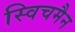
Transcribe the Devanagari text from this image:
स्विचमैन